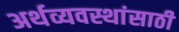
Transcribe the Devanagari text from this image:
अर्थव्यवस्थांसाठी